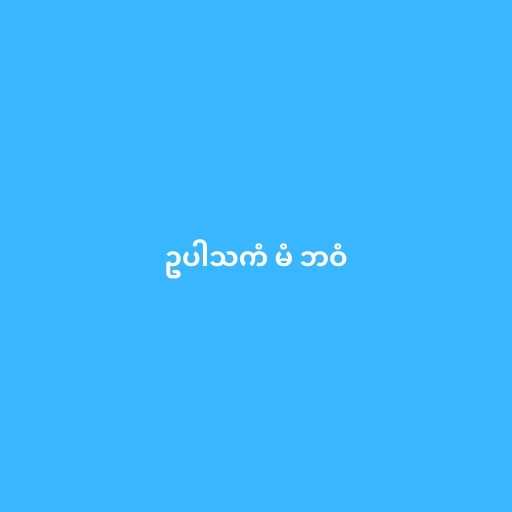
ဥပါသကံ မံ ဘဝံ